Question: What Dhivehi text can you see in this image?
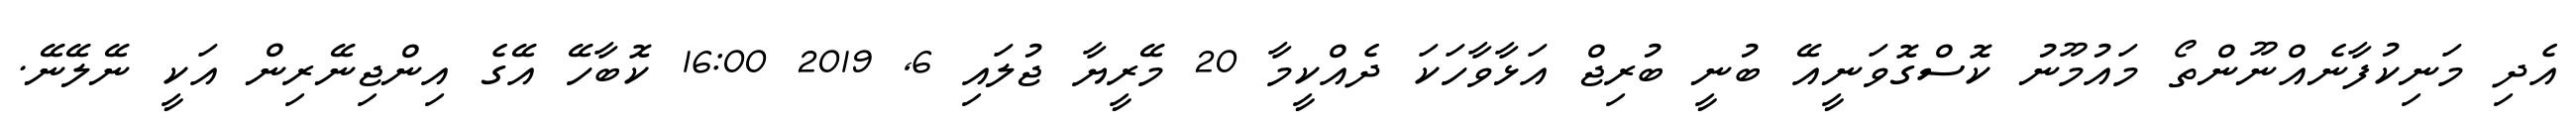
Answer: އެދި މަނިކުފާނެއްނޫންތޯ މައުމޫނު ކޮސްގޮވަނީއޭ ބުނީ ބުރިޖް އަޅާވާހަކަ ދެއްކީމާ 20 މޭރީޔާ ޖުލައި 6, 2019 16:00 ކޮބާހޭ އޭގެ އިންޖިނޭރިން އަކީ ނޭލޭނޭ.